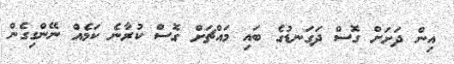
އިން ދަށަށް ގޮސް ދަގަނޑުގެ ބައި މައްޗަށް ގޮސް ކުރާނެ ކަމެއް ނޭންގިގެން